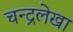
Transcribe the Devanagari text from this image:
चन्द्रलेखा